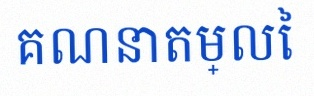
គណនាតម្លៃ